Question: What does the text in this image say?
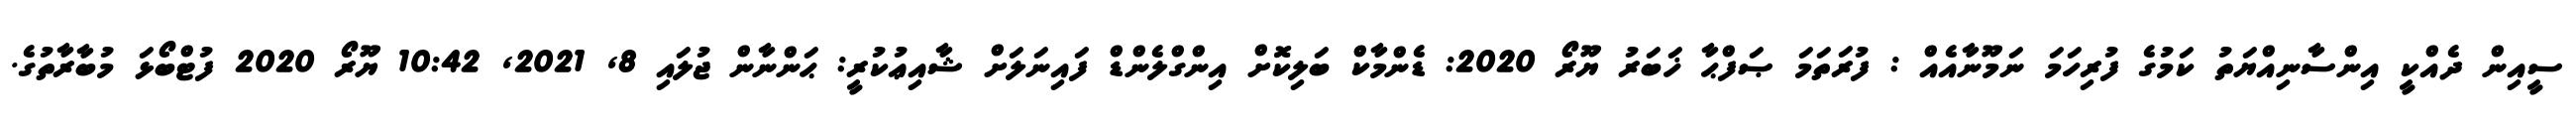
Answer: ސީއިން ދެއްކީ އިންސާނިއްޔަތު ކަމުގެ ފުރިހަމަ ނަމޫނާއެއް : ފުރަތަމަ ޞަފްޙާ ޚަބަރު ޔޫރޯ 2020: ޑެންމާކް ބަލިކޮށް އިންގްލެންޑް ފައިނަލަށް ޝާއިޢުކުރީ: ޙަންނާން ޖުލައި 8, 2021, 10:42 ޔޫރޯ 2020 ފުޓްބޯޅަ މުބާރާތުގެ.